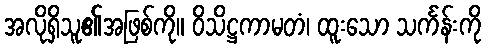
အလိုရှိသူ၏အဖြစ်ကို။ ဝိသိဋ္ဌကာမတံ၊ ထူးသော သင်္ကန်းကို